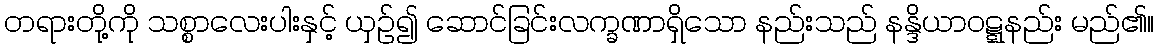
တရားတို့ကို သစ္စာလေးပါးနှင့် ယှဉ်၍ ဆောင်ခြင်းလက္ခဏာရှိသော နည်းသည် နန္ဒိယာဝဋ္ဋနည်း မည်၏။